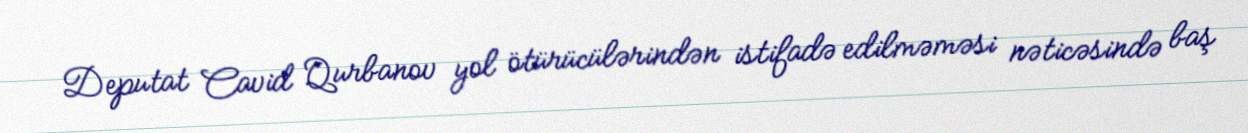
Deputat Cavid Qurbanov yol ötürücülərindən istifadə edilməməsi nəticəsində baş